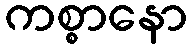
ကစ္စာနော